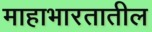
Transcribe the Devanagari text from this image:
माहाभारतातील